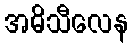
အဓိသီလေန